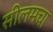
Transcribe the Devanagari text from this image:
सीलमचा